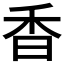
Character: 香